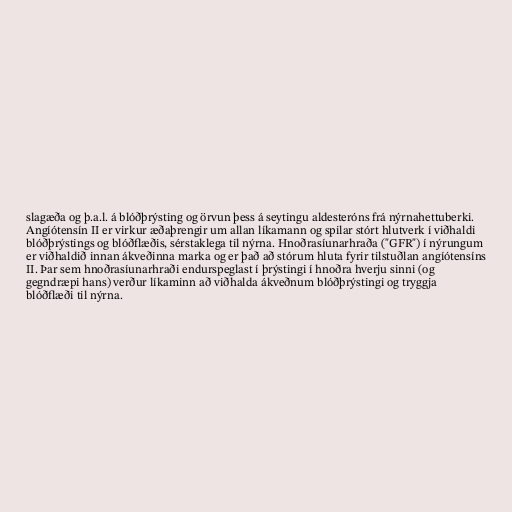
slagæða og þ.a.l. á blóðþrýsting og örvun þess á seytingu aldesteróns frá nýrnahettuberki.
Angíótensín II er virkur æðaþrengir um allan líkamann og spilar stórt hlutverk í viðhaldi
blóðþrýstings og blóðflæðis, sérstaklega til nýrna. Hnoðrasíunarhraða ("GFR") í nýrungum
er viðhaldið innan ákveðinna marka og er það að stórum hluta fyrir tilstuðlan angíótensíns
II. Þar sem hnoðrasíunarhraði endurspeglast í þrýstingi í hnoðra hverju sinni (og
gegndræpi hans) verður líkaminn að viðhalda ákveðnum blóðþrýstingi og tryggja
blóðflæði til nýrna.